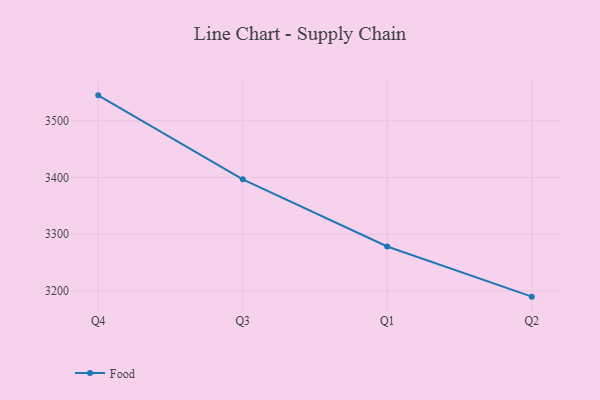
{"axis": {"x": "Quarter", "y": "Latency (ms)"}, "legend": ["Food"], "data": [{"x": "Q4", "y": 3545.1, "type": "Food"}, {"x": "Q3", "y": 3396.9, "type": "Food"}, {"x": "Q1", "y": 3278.2, "type": "Food"}, {"x": "Q2", "y": 3189.7, "type": "Food"}]}